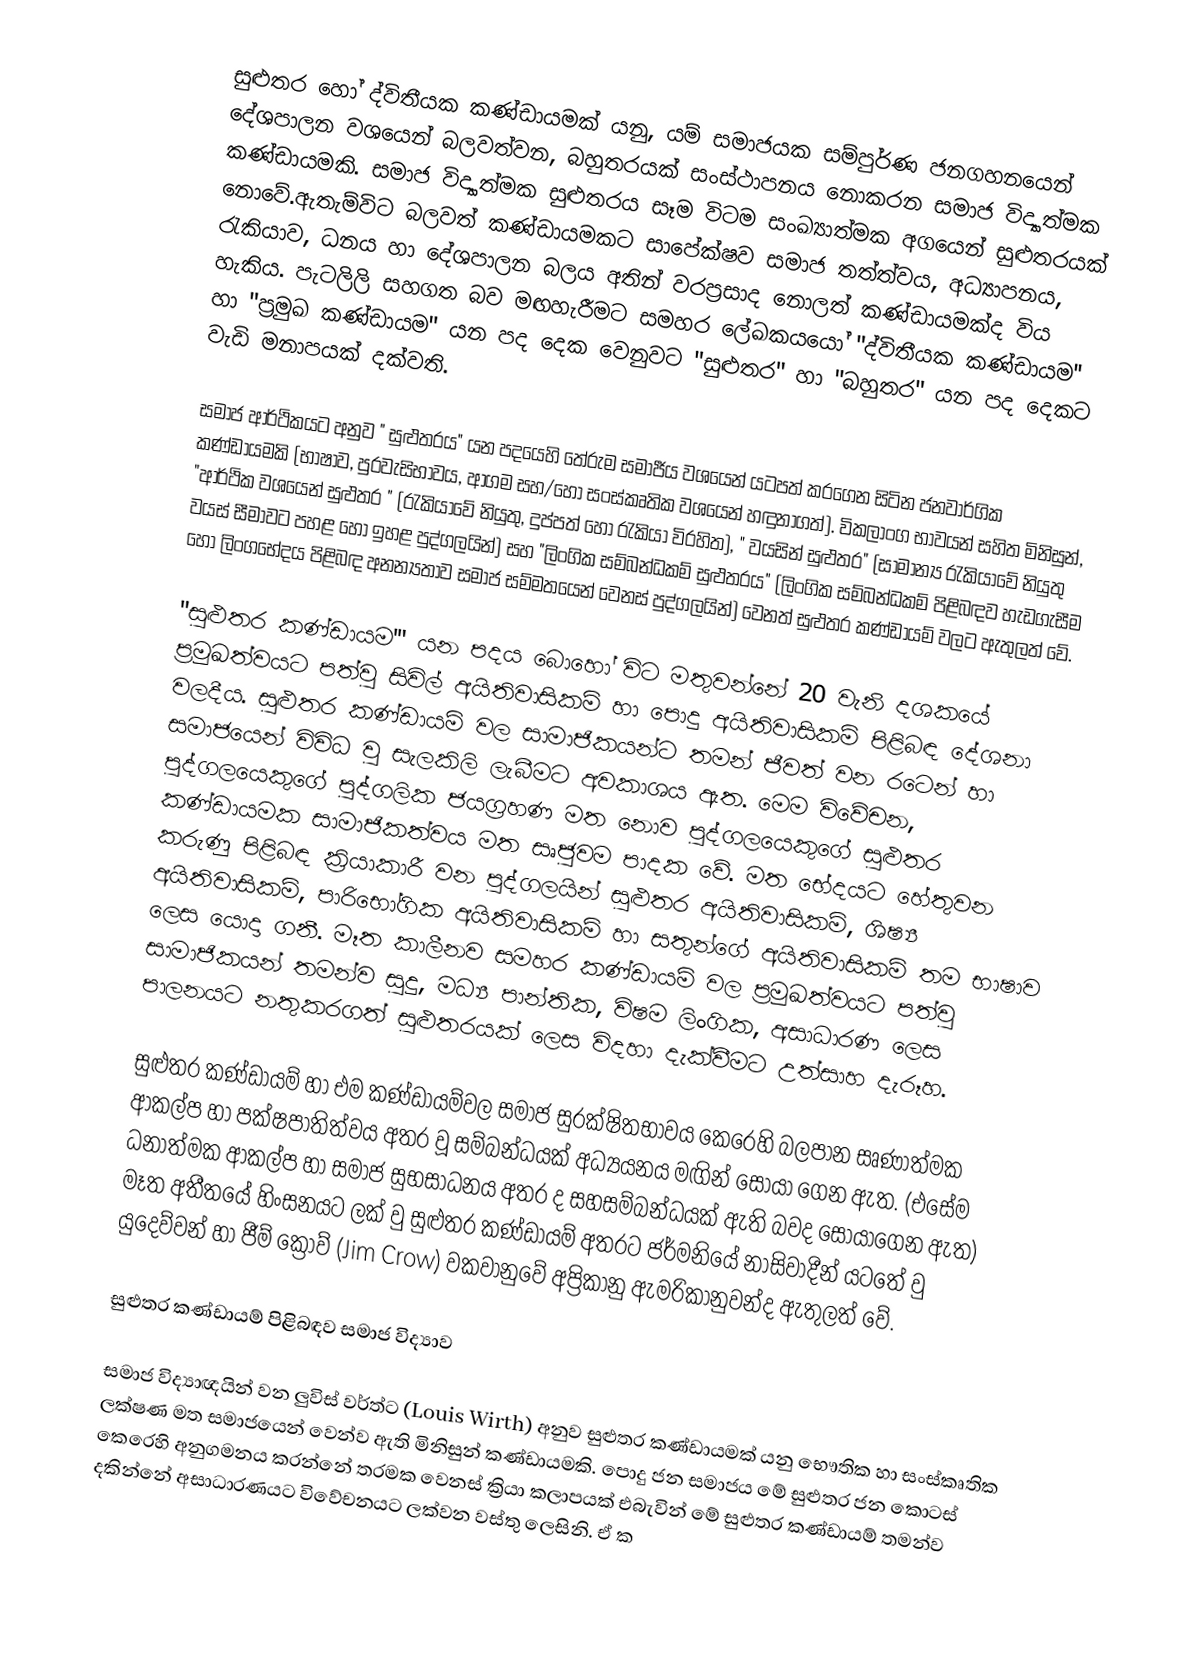
සුළුතර හෝ ද්විතීයක කණ්ඩායමක් යනු, යම් සමාජයක සම්පුර්ණ ජනගහනයෙන් දේශපාලන වශයෙන්  බලවත්වන, බහුතරයක් සංස්ථාපනය නොකරන සමාජ විද්‍යාත්මක කණ්ඩායමකි. සමාජ විද්‍යාත්මක සුළුතරය සෑම විටම සංඛ්‍යාත්මක අගයෙන් සුළුතරයක් නොවේ.ඇතැම්විට බලවත් කණ්ඩායමකට සාපේක්ෂව සමාජ තත්ත්වය, අධ්‍යාපනය, රැකියාව, ධනය හා දේශපාලන බලය අතින් වරප්‍රසාද නොලත් කණ්ඩායමක්ද විය හැකිය. පැටලිලි සහගත බව මඟහැරීමට සමහර ලේඛකයයෝ  "ද්විතීයක කණ්ඩායම'' හා "ප්‍රමුඛ කණ්ඩායම" යන පද දෙක වෙනුවට "සුළුතර" හා "බහුතර" යන පද දෙකට වැඩි මනාපයක් දක්වති.

සමාජ ආර්ථිකයට අනුව " සුළුතරය" යන පදයෙහි තේරුම සමාජීය වශයෙන් යටපත් කරගෙන සිටින ජනවාර්ගික කණ්ඩායමකි (භාෂාව, පුරවැසිභාවය, ආගම සහ/හෝ සංස්කෘතික වශයෙන් හඳුනාගත්). විකලාංග භාවයන් සහිත මිනිසුන්, "ආර්ථික  වශයෙන් සුළුතර " (රැකියාවේ නියුතු, දුප්පත් හෝ රැකියා විරහිත), " වයසින් සුළුතර" (සාමාන්‍ය රැකියාවේ නියුතු වයස් සීමාවට පහළ හෝ ඉහළ පුද්ගලයින්) සහ "ලිංගික සම්බන්ධකම්  සුළුතරය" (ලිංගික සම්බන්ධකම් පිළිබඳව හැඩගැසීම ‍හෝ ලිංගභේදය පිළිබඳ අනන්‍යතාව සමාජ සම්මතයෙන් වෙනස් පුද්ගලයින්) වෙනත් සුළුතර කණ්ඩායම් වලට ඇතුලත් වේ.

"සුළුතර කණ්ඩායම'" යන පදය බොහෝ විට මතුවන්නේ 20 වැනි දශකයේ ප්‍රමුඛත්වයට පත්වු සිවිල් අයිතිවාසිකම් හා පොදු අයිතිවාසිකම් පිළිබඳ දේශනා වලදීය. සුළුතර කණ්ඩායම් වල සාමාජිකයන්ට තමන් ජීවත් වන රටෙන් හා සමාජයෙන් විවිධ වු සැලකිලි ලැබීමට අවකාශය ඇත. මෙම විවේචන, පුද්ගලයෙකුගේ පුද්ගලික ජයග්‍රහණ මත නොව පුද්ගලයෙකුගේ සුළුතර කණ්ඩායමක සාමාජිකත්වය මත සෘජුවම පාදක වේ. මත භේදයට හේතුවන කරුණු පිළිබඳ ක්‍රියාකාරී වන පුද්ගලයින් සුළුතර අයිතිවාසිකම්, ශිෂ්‍ය අයිතිවාසිකම්, පාරිභෝගික අයිතිවාසිකම් හා සතුන්ගේ අයිතිවාසිකම් තම භාෂාව ලෙස යොදා ගනී. මෑත කාලීනව සමහර කණ්ඩායම් වල ප්‍රමුඛත්වයට පත්වු සාමාජිකයන් තමන්ව සුදු, මධ්‍ය පාන්තික, විෂම ලිංගික, අසාධාරණ ලෙස පාලනයට නතුකරගත් සුළුතරයක් ලෙස විදහා දැක්වීමට උත්සාහ දැරූහ.

සුළුතර කණ්ඩායම් හා එම කණ්ඩායම්වල සමාජ සුරක්ෂිතභාවය ‍කෙරෙහි බලපාන සෘණාත්මක ආකල්ප හා පක්ෂපාතිත්වය අතර වූ  සම්බන්ධයක් අධ්‍යයනය මඟින් සොයා ගෙන ඇත. (එසේම ධනාත්මක ආකල්ප හා සමාජ සුභසාධනය අතර ද සහසම්බන්ධයක් ඇති බවද සොයාගෙන ඇත) මෑත අතීතයේ හිංසනයට ලක් වු සුළුතර කණ්ඩායම් අතරට ජර්මනියේ නාසිවාදීන් යටතේ වු ‍යුදෙව්වන් හා ජීම් ක්‍රොව් (Jim Crow) වකවානුවේ අප්‍රිකානු ඇමරිකානුවන්ද ඇතුලත් වේ.

සුළුතර කණ්ඩායම් පිළිබඳව සමාජ විද්‍යාව

සමාජ විද්‍යාඥයින් වන ලුවිස් වර්ත්ට (Louis Wirth) අනුව සුළුතර කණ්ඩායමක් යනු භෞතික හා සංස්කෘතික ලක්ෂණ මත සමාජයෙන් වෙන්ව ඇති මිනිසුන් කණ්ඩායමකි. පොදු ජන සමාජය මේ සුළුතර ජන කොටස් කෙරෙහි අනුගමනය කරන්නේ තරමක වෙනස් ක්‍රියා කලාපයක් එබැවින් මේ සුළුතර කණ්ඩායම් තමන්ව දකින්නේ අසාධාරණයට විවේචනයට ලක්වන වස්තු ලෙසිනි. ඒ ක